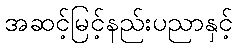
အဆင့်မြင့်နည်းပညာနှင့်